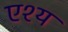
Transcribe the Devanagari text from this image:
एश्य